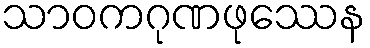
သာဝကဂုဏဖုဿေန